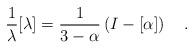
LaTeX: \begin{align*}\frac{1}{\lambda}[\lambda]=\frac{1}{3-\alpha} \left(I-[\alpha] \right) ~~~.\end{align*}